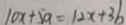
1 0 x + 5 a = 1 2 x + 3 b